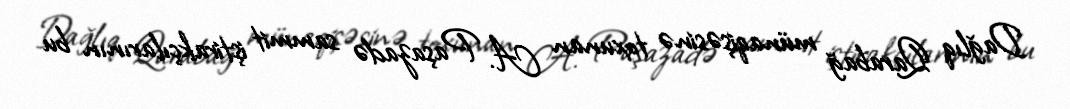
Dağlıq Qarabağ münaqişəsinə toxunan A. Paşazadə sammit iştirakçılarının bu